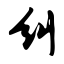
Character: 纠